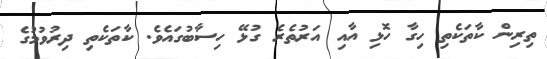
ތިރިން ކާތަކެތި ހިގާ ހޮޅި އާއި އަރުތެރެ ގުޅޭ ހިސާބުގައެވެ. ކާތަކެތި ދިރުވުމުގެ